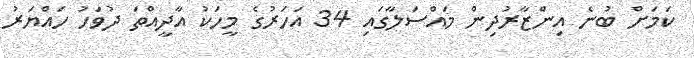
ކަމަށް ބުނެ އިންޒާރުދިން މައްސަލާގައި 34 އަހަރުގެ މީހަކު އާދީއްތަ ދުވަހު ހައްޔަރު